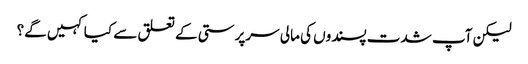
لیکن آپ شدت پسندوں کی مالی سرپرستی کے تعلق سے کیا کہیں گے؟